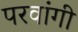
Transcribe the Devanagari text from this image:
परवांगी